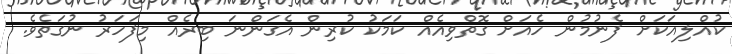
ކުއްލިއަކަށް ފެނުމުން ހެއަށް ގޮތްވިއެއް ކަމަކު ކުރިން އެގަންނަ ބިރެއް މިފަހަރު ނުގަތެވެ.